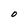
Character: O